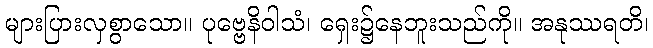
များပြားလှစွာသော။ ပုဗ္ဗေနိဝါသံ၊ ရှေး၌နေဘူးသည်ကို။ အနုဿရတိ၊